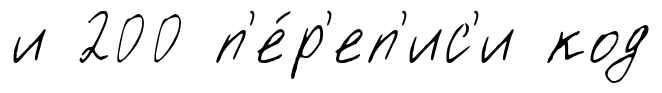
и 200 п'е́р'еп'ис'и код